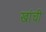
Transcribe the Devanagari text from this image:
खांची